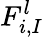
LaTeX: F_{i,I}^{l}